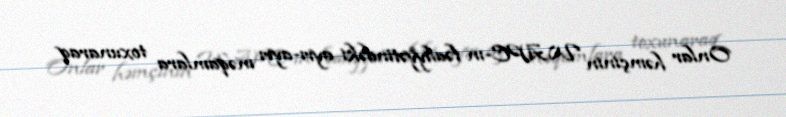
Onlar həmçinin WAPC-ın fəaliyyətindəki ayrı-ayrı məqamlara toxunaraq